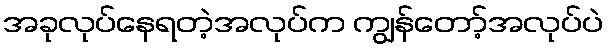
အခုလုပ်နေရတဲ့အလုပ်က ကျွန်တော့်အလုပ်ပဲ